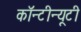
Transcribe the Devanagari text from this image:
कॉन्टीन्यूटी